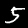
Label: 5